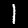
Label: 1